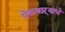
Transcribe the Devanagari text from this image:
ऐकणाऱ्याचे